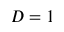
D = 1